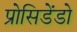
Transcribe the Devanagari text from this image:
प्रोसिडेंडो